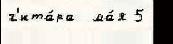
г'ита́ра  ма́я 5